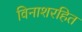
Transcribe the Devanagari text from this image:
विनाशरहित